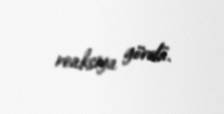
reaksiya gördü.